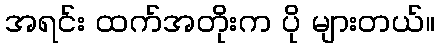
အရင်း ထက်အတိုးက ပို များတယ်။